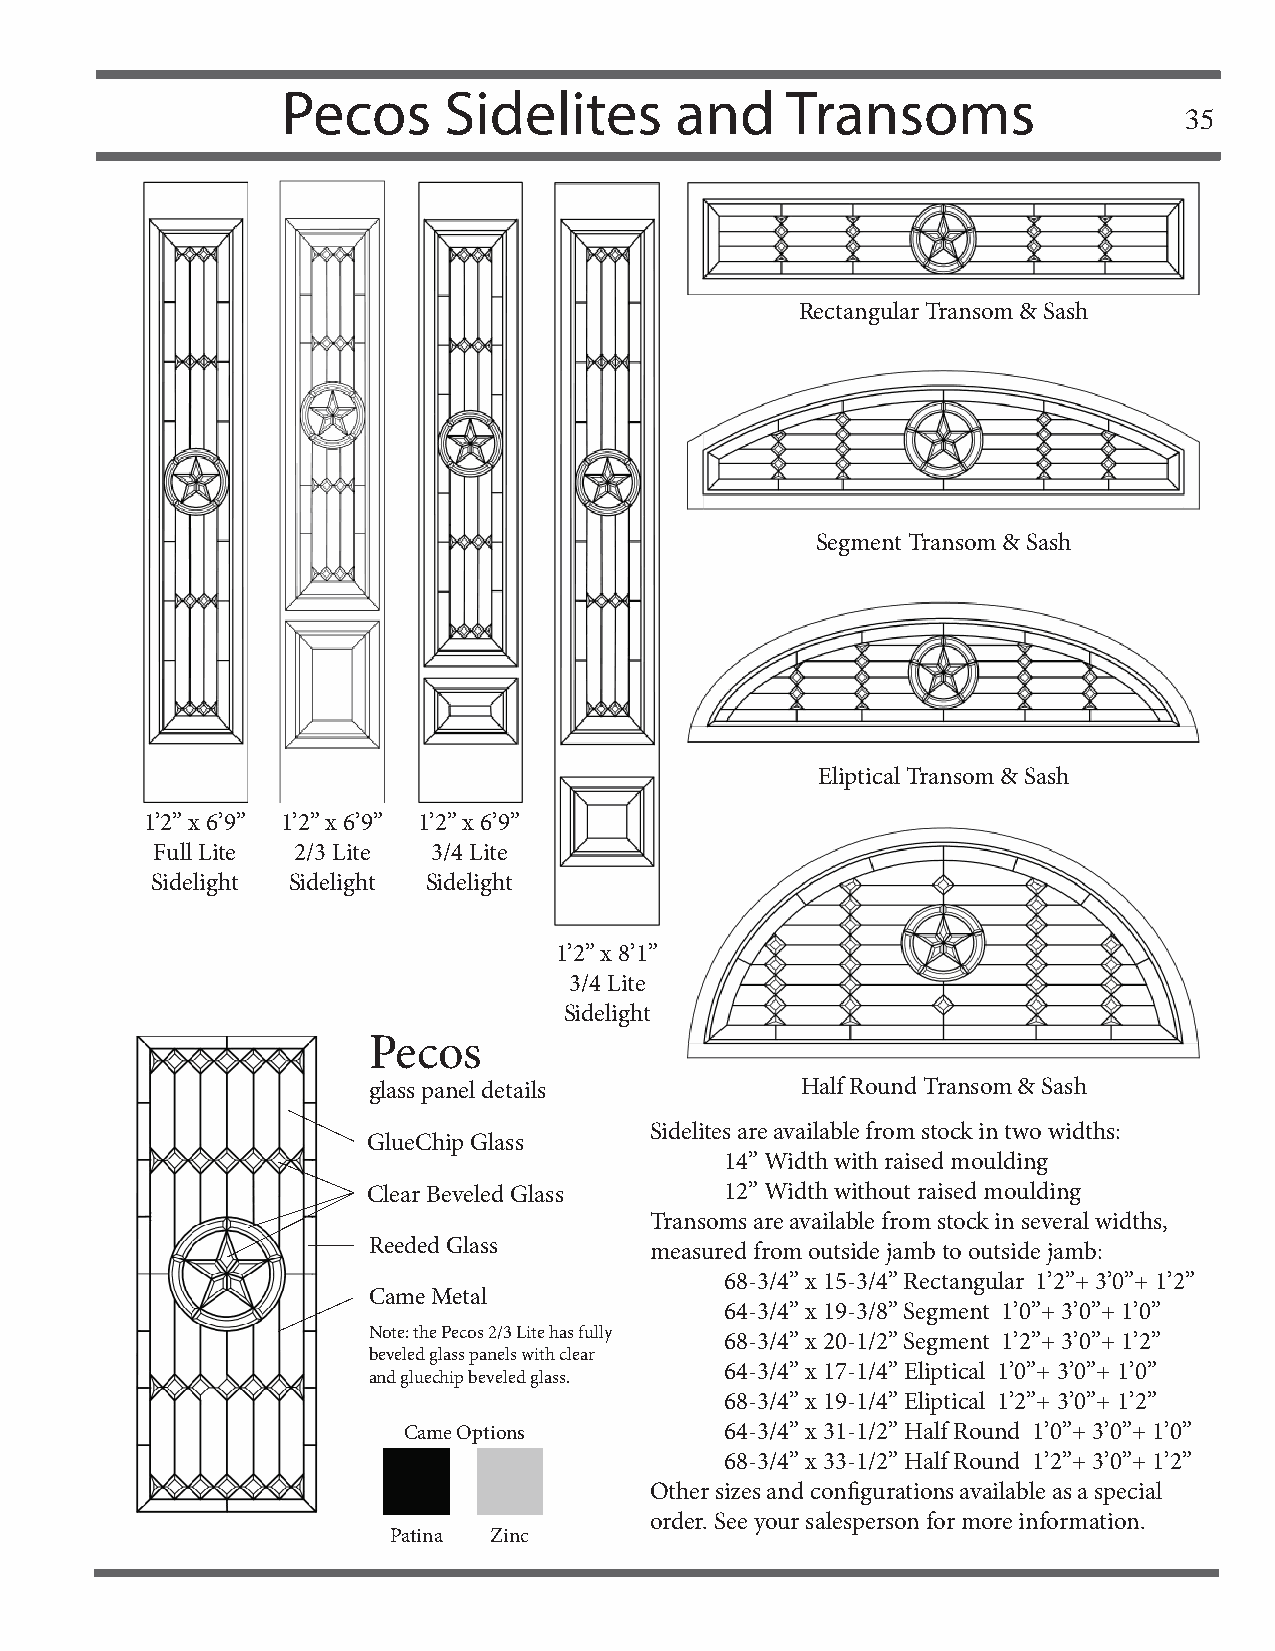
Pecos     Sidelites       and    Transoms
 35
 Rectangular Transom & Sash
 Segment Transom & Sash
 Eliptical Transom & Sash
 1’2” x 6’9” 1’2” x 6’9” 1’2” x 6’9”
 Full Lite 2/3 Lite 3/4 Lite
 Sidelight Sidelight Sidelight
 1’2” x 8’1”
 3/4 Lite
 Sidelight
 Pecos
 glass panel details          Half Round Transom & Sash
 Sidelites are available from stock in two widths:
 GlueChip Glass
 14” Width with raised moulding
 Clear Beveled Glass     12” Width without raised moulding
 Transoms are available from stock in several widths,
 Reeded Glass       measured from outside jamb to outside jamb:
 68-3/4” x 15-3/4” Rectangular 1’2”+ 3’0”+ 1’2”
 Came Metal
 64-3/4” x 19-3/8” Segment 1’0”+ 3’0”+ 1’0”
 Note: the Pecos 2/3 Lite has fully
 68-3/4” x 20-1/2” Segment 1’2”+ 3’0”+ 1’2”
 beveled glass panels with clear
 64-3/4” x 17-1/4” Eliptical 1’0”+ 3’0”+ 1’0”
 and gluechip beveled glass.
 68-3/4” x 19-1/4” Eliptical 1’2”+ 3’0”+ 1’2”
 Came Options         64-3/4” x 31-1/2” Half Round 1’0”+ 3’0”+ 1’0”
 68-3/4” x 33-1/2” Half Round 1’2”+ 3’0”+ 1’2”
 Other sizes and confi gurations available as a special
 order. See your salesperson for more information.
 Patina Zinc